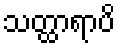
သတ္ထာရာပိ